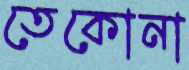
তেকোনা